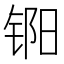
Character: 𬭏